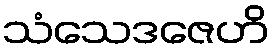
သံသေဒဇေဟိ